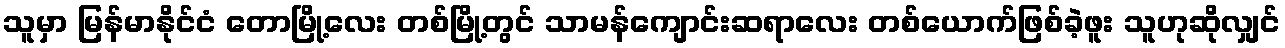
သူမှာ မြန်မာနိုင်ငံ တောမြို့လေး တစ်မြို့တွင် သာမန်ကျောင်းဆရာလေး တစ်ယောက်ဖြစ်ခဲ့ဖူး သူဟုဆိုလျှင်